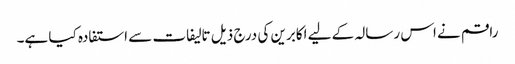
راقم نے اس رسالہ کے لیے اکابرین کی درج ذیل تالیفات سے استفادہ کیا ہے۔